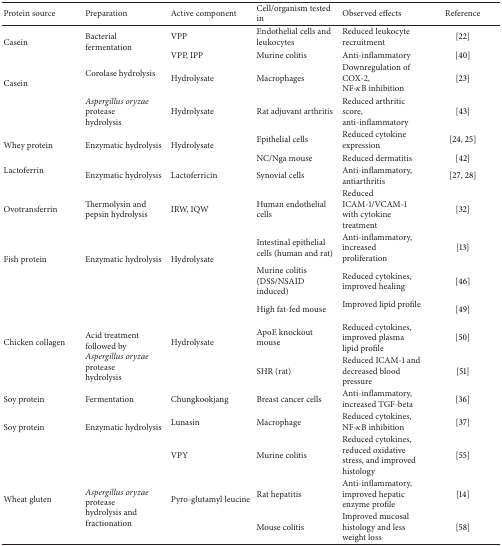
| Protein source | Preparation | Active component | Cell/organism tested in | Observed effects | Reference |
 | --- | --- | --- | --- | --- | --- |
 | <ROWSPAN=2> Casein | <ROWSPAN=2> Bacterial fermentation | VPP | Endothelial cells and leukocytes | Reduced leukocyte recruitment | [22] |
 | VPP, IPP | Murine colitis | Anti-inflammatory | [40] |
 | <ROWSPAN=2> Casein | Corolase hydrolysis | Hydrolysate | Macrophages | Downregulation of COX-2, NF-κB inhibition | [23] |
 | Aspergillus oryzae protease hydrolysis | Hydrolysate | Rat adjuvant arthritis | Reduced arthritic score, anti-inflammatory | [43] |
 | <ROWSPAN=2> Whey protein | <ROWSPAN=2> Enzymatic hydrolysis | <ROWSPAN=2> Hydrolysate | Epithelial cells | Reduced cytokine expression | [24, 25] |
 | NC/Nga mouse | Reduced dermatitis | [42] |
 | Lactoferrin | Enzymatic hydrolysis | Lactoferricin | Synovial cells | Anti-inflammatory, antiarthritis | [27, 28] |
 | Ovotransferrin | Thermolysin and pepsin hydrolysis | IRW, IQW | Human endothelial cells | Reduced ICAM-1/VCAM-1 with cytokine treatment | [32] |
 | <ROWSPAN=3> Fish protein | <ROWSPAN=3> Enzymatic hydrolysis | <ROWSPAN=3> Hydrolysate | Intestinal epithelial cells (human and rat) | Anti-inflammatory, increased proliferation | [13] |
 | Murine colitis (DSS/NSAID induced) | Reduced cytokines, improved healing | [46] |
 | High fat-fed mouse | Improved lipid profile | [49] |
 | <ROWSPAN=2> Chicken collagen | <ROWSPAN=2> Acid treatment followed by Aspergillus oryzae protease hydrolysis | <ROWSPAN=2> Hydrolysate | ApoE knockout mouse | Reduced cytokines, improved plasma lipid profile | [50] |
 | SHR (rat) | Reduced ICAM-1 and decreased blood pressure | [51] |
 | Soy protein | Fermentation | Chungkookjang | Breast cancer cells | Anti-inflammatory, increased TGF-beta | [36] |
 | <ROWSPAN=2> Soy protein | <ROWSPAN=2> Enzymatic hydrolysis | Lunasin | Macrophage | Reduced cytokines, NF-κB inhibition | [37] |
 | VPY | Murine colitis | Reduced cytokines, reduced oxidative stress, and improved histology | [55] |
 | <ROWSPAN=2> Wheat gluten | <ROWSPAN=2> Aspergillus oryzae protease hydrolysis and fractionation | <ROWSPAN=2> Pyro-glutamyl leucine | Rat hepatitis | Anti-inflammatory, improved hepatic enzyme profile | [14] |
 | Mouse colitis | Improved mucosal histology and less weight loss | [58] |